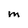
Character: m